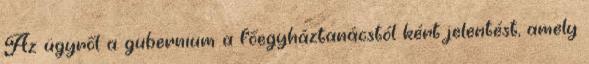
Az ügyről a gubernium a főegyháztanácstól kért jelentést, amely